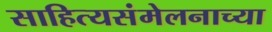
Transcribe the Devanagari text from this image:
साहित्यसंमेलनाच्या